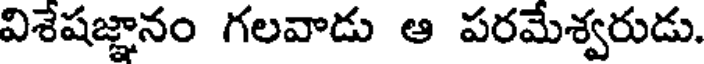
విశేషజ్ఞానం గలవాడు ఆ పరమేశ్వరుడు.